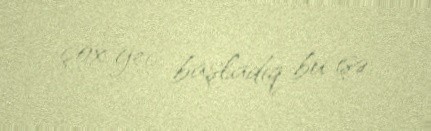
çox gec başladıq bu işə.